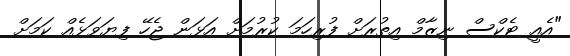
"އެއީ ޓެކްސް ނިޒާމް އިތުރަށް ފުރިހަމަ ކުރުމަށް އަޅަން ޖެހޭ ފިޔަވަޅެއް ކަމަށް